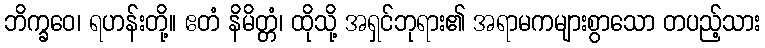
ဘိက္ခဝေ၊ ရဟန်းတို့။ ဧတံ နိမိတ္တံ၊ ထိုသို့ အရှင်ဘုရား၏ အရာမကများစွာသော တပည့်သား